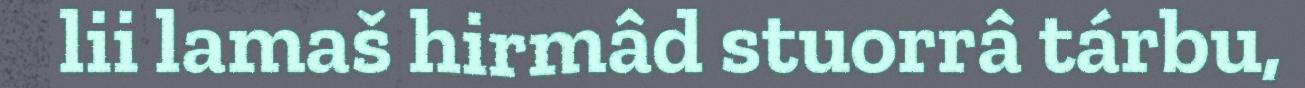
lii lamaš hirmâd stuorrâ tárbu,